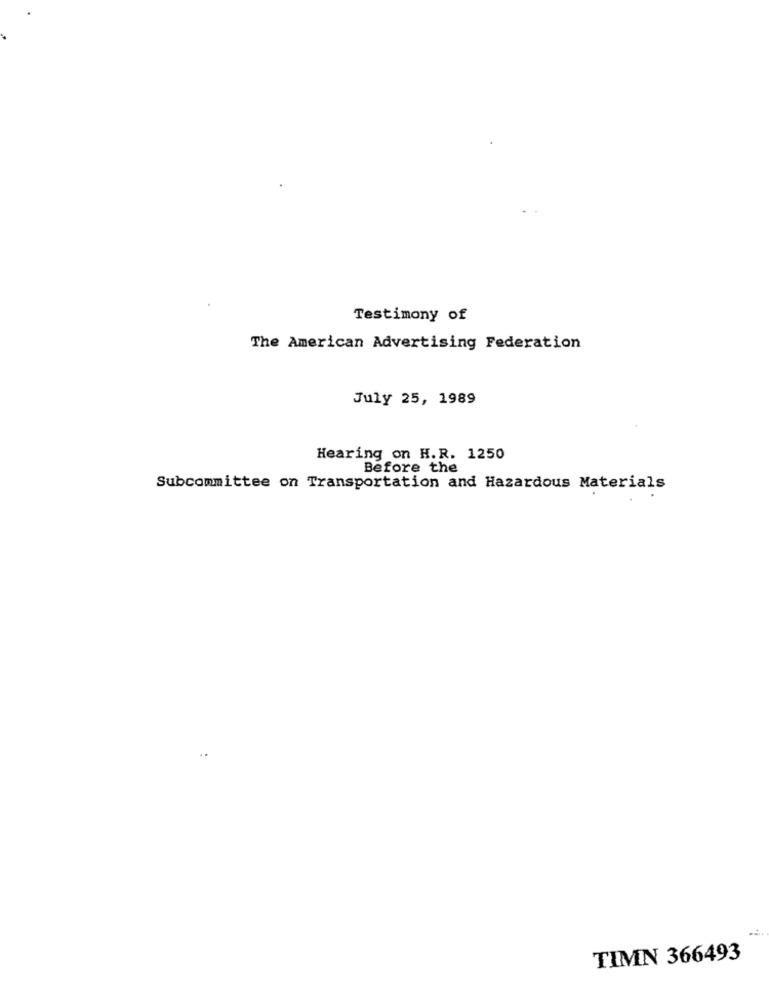
Testimony of
The American Advertising Federation
July 25, 1989
Hearing on H.R. 1250
Before the
Subcommittee on Transportation and Hazardous Materials
TIMN 366493